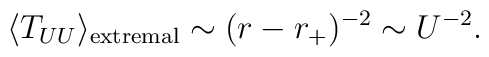
\langle T_{UU} \rangle_{\rm extremal}\sim (r-r_+)^{-2} \sim U^{-2}.